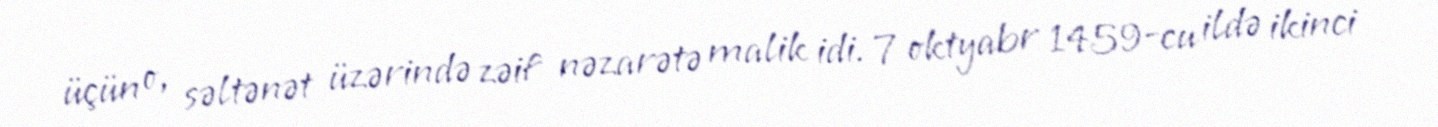
üçün o, səltənət üzərində zəif nəzarətə malik idi. 7 oktyabr 1459-cu ildə ikinci